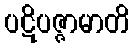
ပဋိပဇ္ဇာမာတိ